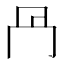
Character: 冎